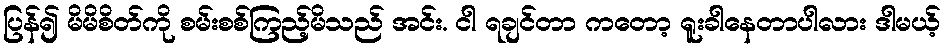
ပြန်၍ မိမိစိတ်ကို စမ်းစစ်ကြည့်မိသည် အင်း. ငါ ရချင်တာ ကတော့ ရူးခါနေတာပါလား ဒါမယ့်